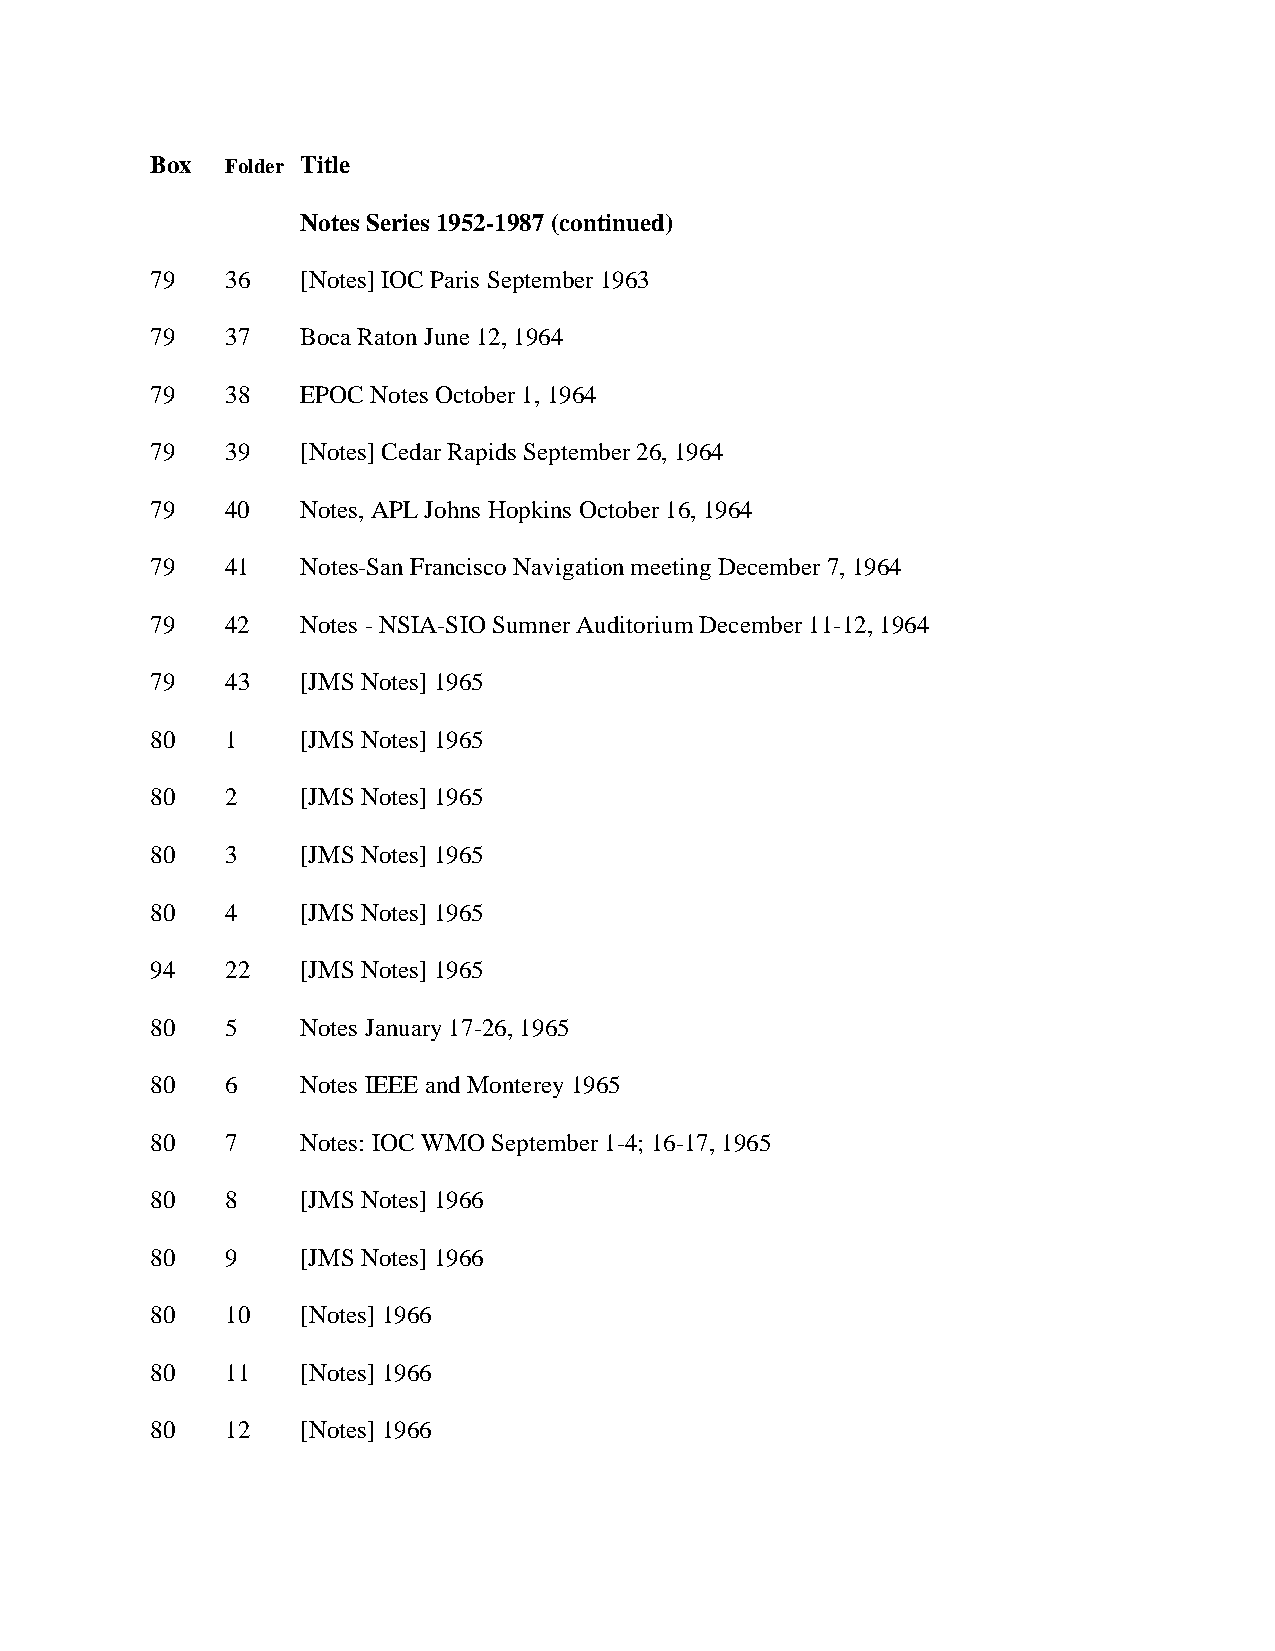
Box  Folder Title
 Notes Series 1952-1987 (continued)
 79   36   [Notes] IOC Paris September 1963
 79   37   Boca Raton June 12, 1964
 79   38   EPOC Notes October 1, 1964
 79   39   [Notes] Cedar Rapids September 26, 1964
 79   40   Notes, APL Johns Hopkins October 16, 1964
 79   41   Notes-San Francisco Navigation meeting December 7, 1964
 79   42   Notes - NSIA-SIO Sumner Auditorium December 11-12, 1964
 79   43   [JMS Notes] 1965
 80   1    [JMS Notes] 1965
 80   2    [JMS Notes] 1965
 80   3    [JMS Notes] 1965
 80   4    [JMS Notes] 1965
 94   22   [JMS Notes] 1965
 80   5    Notes January 17-26, 1965
 80   6    Notes IEEE and Monterey 1965
 80   7    Notes: IOC WMO September 1-4; 16-17, 1965
 80   8    [JMS Notes] 1966
 80   9    [JMS Notes] 1966
 80   10   [Notes] 1966
 80   11   [Notes] 1966
 80   12   [Notes] 1966